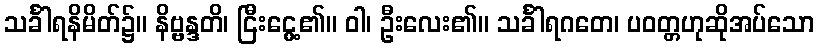
သင်္ခါရနိမိတ်၌။ နိဗ္ဗန္ဒတိ၊ ငြီးငွေ့၏။ ဝါ၊ ဦးလေး၏။ သင်္ခါရဂတေ၊ ပဝတ္တဟုဆိုအပ်သော